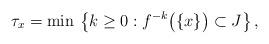
LaTeX: \begin{align*}\tau_x=\min \,\left\{k\ge 0: f^{-k}\big(\{x\}\big)\subset J \right\},\end{align*}